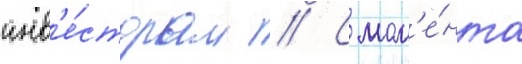
инв'е́сторам // С мом'е́нта